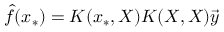
\hat { f } ( x _ { * } ) = K ( x _ { * } , X ) K ( X , X ) \vec { y }